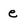
Character: e